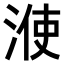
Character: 𣷱